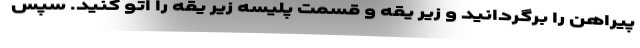
پیراهن را برگردانید و زیر یقه و قسمت پلیسه زیر یقه را اتو کنید. سپس